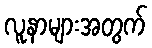
လူနာများအတွက်